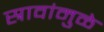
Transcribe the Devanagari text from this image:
स्रावांमुळे